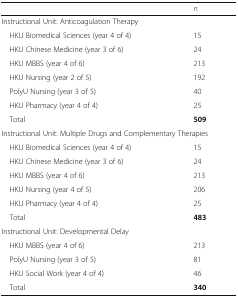
|  | n |
 | --- | --- |
 | <COLSPAN=2> Instructional Unit: Anticoagulation Therapy |
 | HKU Biomedical Sciences (year 4 of 4) | 15 |
 | HKU Chinese Medicine (year 3 of 6) | 24 |
 | HKU MBBS (year 4 of 6) | 213 |
 | HKU Nursing (year 2 of 5) | 192 |
 | PolyU Nursing (year 3 of 5) | 40 |
 | HKU Pharmacy (year 4 of 4) | 25 |
 | Total | 509 |
 | <COLSPAN=2> Instructional Unit: Multiple Drugs and Complementary Therapies |
 | HKU Biomedical Sciences (year 4 of 4) | 15 |
 | HKU Chinese Medicine (year 3 of 6) | 24 |
 | HKU MBBS (year 4 of 6) | 213 |
 | HKU Nursing (year 4 of 5) | 206 |
 | HKU Pharmacy (year 4 of 4) | 25 |
 | Total | 483 |
 | <COLSPAN=2> Instructional Unit: Developmental Delay |
 | HKU MBBS (year 4 of 6) | 213 |
 | PolyU Nursing (year 3 of 5) | 81 |
 | HKU Social Work (year 4 of 4) | 46 |
 | Total | 340 |